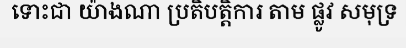
ទោះជា យ៉ាងណា ប្រតិបត្តិការ តាម ផ្លូវ សមុទ្រ